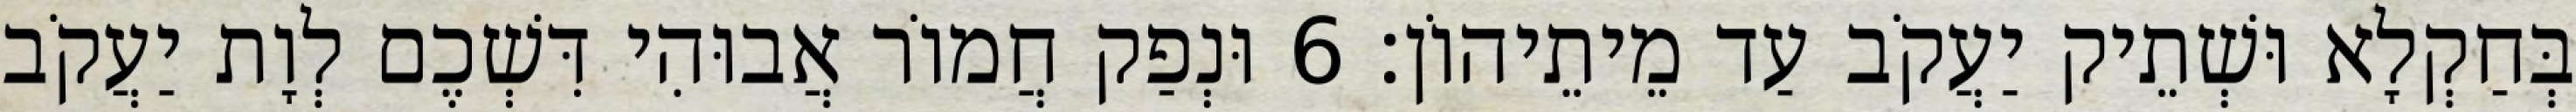
בְּחַקְלָא וּשְׁתֵיק יַעֲקֹב עַד מֵיתֵיהוֹן׃ 6 וּנְפַק חֲמוֹר אֲבוּהִי דִּשְׁכֶם לְוָת יַעֲקֹב